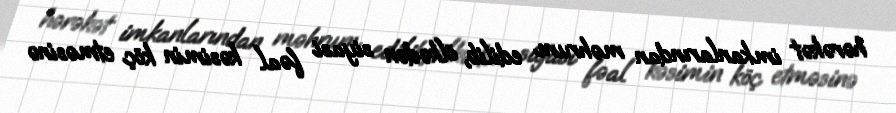
hərəkət imkanlarından məhrum edilib, ölkədən siyasi fəal kəsimin köç etməsinə